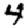
Digit: 4